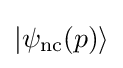
|\psi _{\mathrm {nc} }(p)\rangle